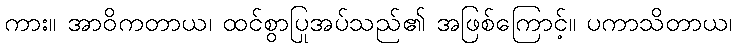
ကား။ အာဝိကတာယ၊ ထင်စွာပြုအပ်သည်၏ အဖြစ်ကြောင့်။ ပကာသိတာယ၊